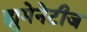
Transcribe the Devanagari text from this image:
ह्युमेनेटीज